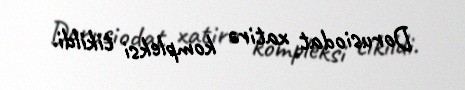
Dorusiodat xatirə kompleksi tikildi.